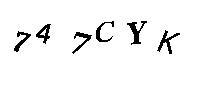
747CYK